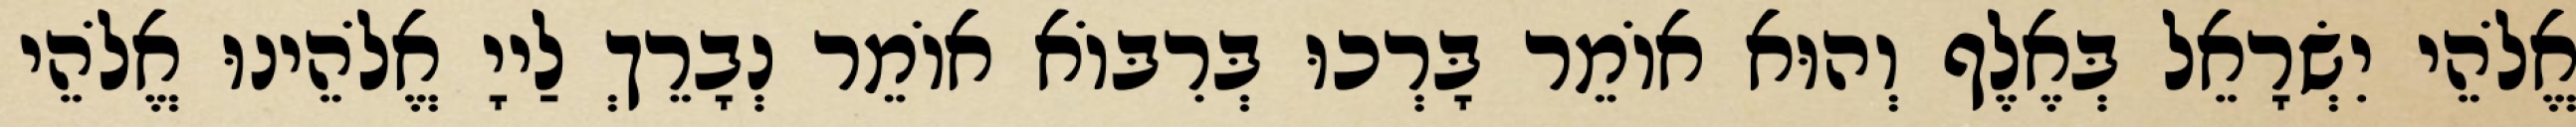
אֱלֹהֵי יִשְׂרָאֵל בְּאֶלֶף וְהוּא אוֹמֵר בָּרְכוּ בְּרִבּוֹא אוֹמֵר נְבָרֵךְ לַייָ אֱלֹהֵינוּ אֱלֹהֵי